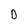
Character: D